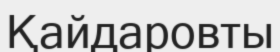
Қайдаровты